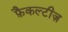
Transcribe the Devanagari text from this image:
फ़ैकल्टीज़